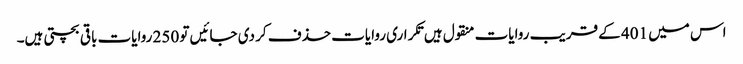
اس میں 401 کے قریب روایات منقول ہیں تکراری روایات حذف کر دی جائیں تو 250 روایات باقی بچتی ہیں۔